Annual report of the Civil Veterinary Department, Bengal, for the year 1897-98 - 1897-1898
Year: 1897
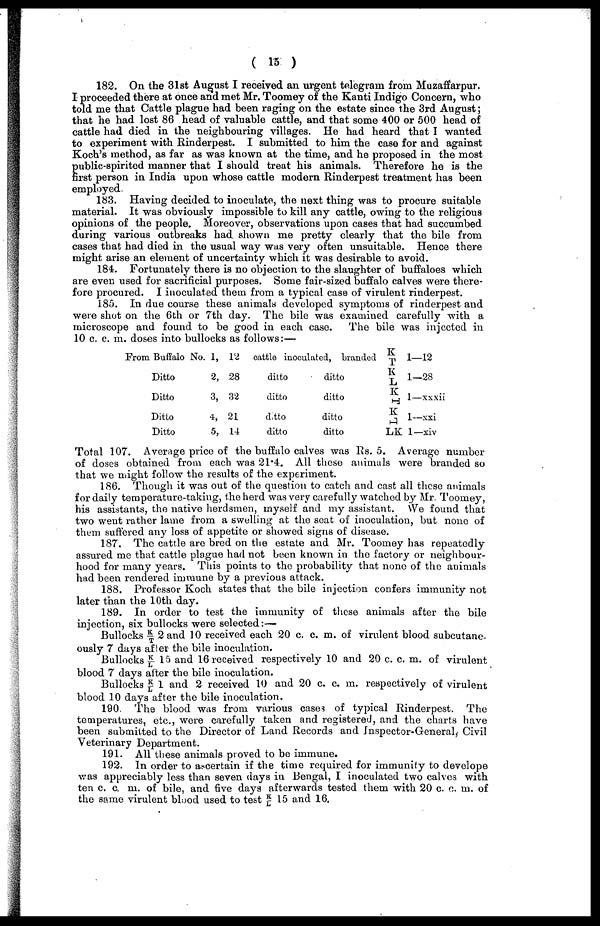
( 15 )
182. On the 31st August I received an urgent telegram from Muzaffarpur.
I proceeded there at once and met Mr. Toomey of the Kanti Indigo Concern, who
told me that Cattle plague had been raging on the estate since the 3rd August;
that he had lost 86 head of valuable cattle, and that some 400 or 500 head of
cattle had died in the neighbouring villages. He had heard that I wanted
to experiment with Rinderpest. I submitted to him the case for and against
Koch's method, as far as was known at the time, and he proposed in the most
P ublic-spirited manner that I should treat his animals. Therefore he is the
first person in India upon whose cattle modern Rinderpest treatment has been
employed.
183. Having decided to inoculate, the next thing was to procure suitable
material. It was obviously impossible to kill any cattle, owing to the religious
opinions of the people. Moreover, observations upon cases that had succumbed
during various outbreaks had shown me pretty clearly that the bile from
cases that had died in the usual way was very often unsuitable. Hence there
might arise an element of uncertainty which it was desirable to avoid.
184. Fortunately there is no objection to the slaughter of buffaloes which
are even used for sacrificial purposes. Some fair-sized buffalo calves were there-
fore procured. I inoculated them from a typical case of virulent rinderpest.
185. In due course these animals developed symptoms of rinderpest and
were shot on the 6th or 7th day. The bile was examined carefully with a
microscope and found to be good in each case.
The bile was injected in
10 c. c. m. doses into bullocks as follows:—
From Buffalo
Ditto
Ditto
Ditto
Ditto
No. 1,
2,
3,
4,
5,
12
28
32
21
14
cattle inoculated, branded
ditto
ditto
ditto
ditto
ditto
ditto
ditto
ditto
K
T 1—12
K
L
1-28
K
T 1 — xxxii
K
L 1--xxi
LK 1—xiv
Total 107. Average price of the buffalo calves was Rs. 5. Average number
of doses obtained from each was 21.4. All these animals were branded so
that we might follow the results of the experiment.
186. Though it was out of the question to catch and cast all these animals
for daily temperature-taking, the herd was very carefully watched by Mr. Toomey,
his assistants, the native herdsmen, myself and my assistant. We found that
two went rather lame from a swelling at the seat of inoculation, but none of
them suffered any loss of appetite or showed signs of disease.
187. The cattle are bred on the estate and Mr. Toomey has repeatedly
assured me that cattle plague had not been known in the factory or neighbour-
hood for many years. This points to the probability that none of the animals
had been rendered immune by a previous attack.
188. Professor Koch states that the bile injection confers immunity not
later than the 10th day.
189. In order to test the immunity of these animals after the bile
injection, six bullocks were selected:—
Bullocks K/T 2 and 10 received each 20 c. c. m. of virulent blood subcutane-
ously 7 days after the bile inoculation.
Bullocks K/L 15 and 16 received respectively 10 and 20 c. c. m. of virulent
Li
blood 7 days alter the bile inoculation.
Bullocks K/L 1 and 2 received 10 and 20 c. c. m. respectively of virulent
blood 10 days after the bile inoculation.
190. The blood was from various cases of typical Rinderpest. The
temperatures, etc., wore carefully taken and registered, and the charts have
been submitted to the Director of Land Records and Inspector-General, Civil
Veterinary Department.
191. All these animals proved to bo immune.
192. In order to ascertain if the time required for immunity to develope
was appreciably less than seven days in Bengal, I inoculated two calves with
ten c. c. m. of bile, and five days afterwards tested them with 20 c. c. m. of
the same virulent blood used to test K/L 15 and 16.